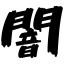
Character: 闇